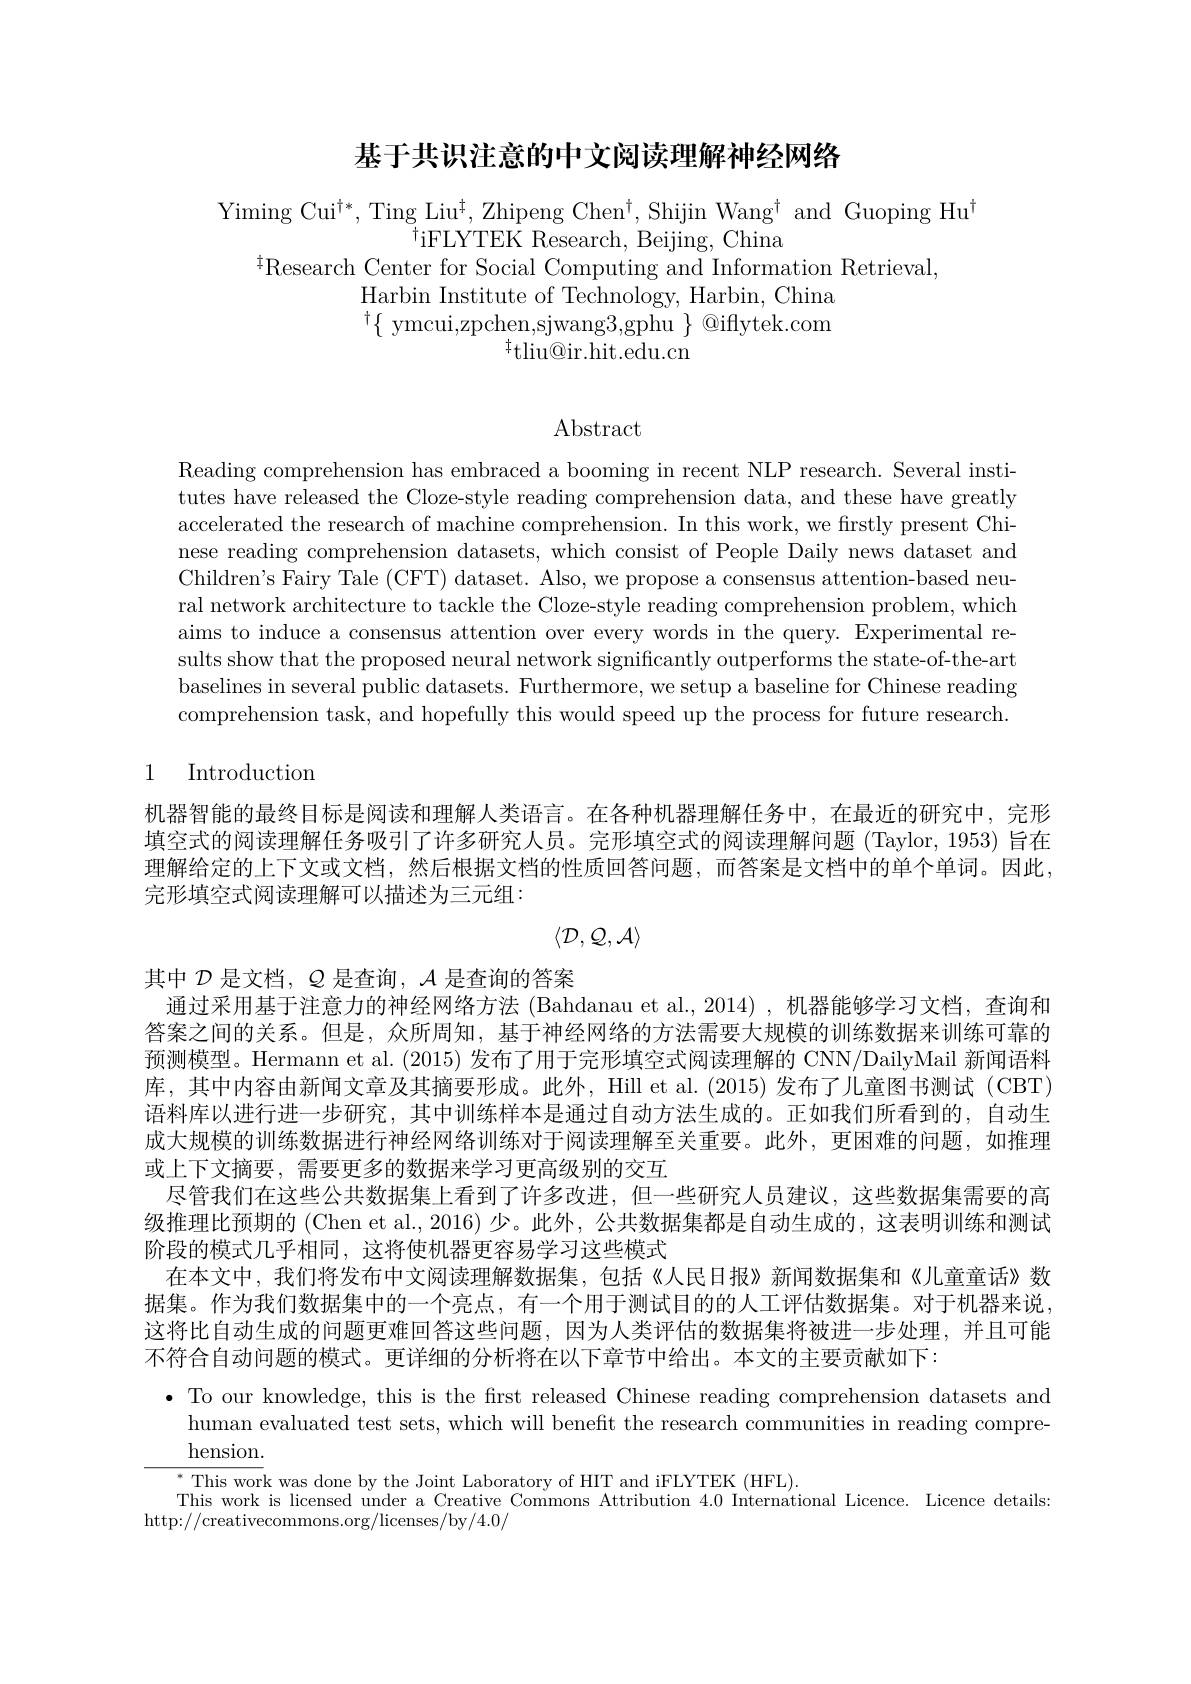
## 基于共识注意的中文阅读理解神经网络

Yiming Cui$^\dagger*$,Ting Liu$^\dagger$,Zhipeng Chen$^\dagger$,Shijin Wang$^\dagger$ and Guoping Hu$^\dagger$
$^{\dagger}$iFLYTEK Research, Beijing, China
$^{\ddagger}$Research Center for Social Computing and Information Retrieval,
Harbin Institute of Technology, Harbin, China $^{\dagger }\{$ ymcui, zpchen, sjwang3, gphu $\}$@iffytek.com
$^{\dagger}$tliu@ir.hit.edu.cn

$\operatorname{Abstract}$

Reading comprehension has embraced a booming in recent NLP research. Several institutes have released the Cloze-style reading comprehension data, and these have greatly accelerated the research of machine comprehension. In this work, we firstly present Chinese reading comprehension datasets, which consist of People Daily news dataset and Children's Fairy Tale (CFT) dataset. Also, we propose a consensus attention-based neural network architecture to tackle the Cloze-style reading comprehension problem, which aims to induce a consensus attention over every words in the query. Experimental results show that the proposed neural network significantly outperforms the state-of-the-art baselines in several public datasets. Furthermore, we setup a baseline for Chinese reading comprehension task, and hopefully this would speed up the process for future research.

## 1 Introduction

机器智能的最终目标是阅读和理解人类语言。在各种机器理解任务中，在最近的研究中，完形填空式的阅读理解任务吸引了许多研究人员。完形填空式的阅读理解问题 (Taylor, 1953) 旨在理解给定的上下文或文档，然后根据文档的性质回答问题，而答案是文档中的单个单词。因此， 完形填空式阅读理解可以描述为三元组：
$$\langle\mathcal{D},\mathcal{Q},\mathcal{A}\rangle $$
其中$\mathcal{D}$是文档，$\mathcal{Q}$是查询，$\mathcal{A}$是查询的答案
通过采用基于注意力的神经网络方法 (Bahdanau et al.,2014) ,机器能够学习文档，查询和答案之间的关系。但是，众所周知，基于神经网络的方法需要大规模的训练数据来训练可靠的预测模型。Hermann et al. (2015) 发布了用于完形填空式阅读理解的 CNN/DailyMail 新闻语料库，其中内容由新闻文章及其摘要形成。此外，Hill et al. (2015) 发布了儿童图书测试 (CBT) 语料库以进行进一步研究，其中训练样本是通过自动方法生成的。正如我们所看到的，自动生成大规模的训练数据进行神经网络训练对于阅读理解至关重要。此外，更困难的问题，如推理或上下文摘要，需要更多的数据来学习更高级别的交互
尽管我们在这些公共数据集上看到了许多改进，但一些研究人员建议，这些数据集需要的高级推理比预期的 (Chen et al., 2016) 少。此外，公共数据集都是自动生成的，这表明训练和测试阶段的模式几乎相同，这将使机器更容易学习这些模式
在本文中，我们将发布中文阅读理解数据集，包括《人民日报》新闻数据集和《儿童童话》数据集。作为我们数据集中的一个亮点，有一个用于测试目的的人工评估数据集。对于机器来说， 这将比自动生成的问题更难回答这些问题，因为人类评估的数据集将被进一步处理，并且可能不符合自动问题的模式。更详细的分析将在以下章节中给出。本文的主要贡献如下：
· To our knowledge, this is the first released Chinese reading comprehension datasets and
human evaluated test sets, which will benefit the research communities in reading compre-
$\underline{\mathrm{hension.}}$
$^{*}$This work was done by the Joint Laboratory of HIT and iFLYTEK (HFL).
This work is licensed under a Creative Commons Attribution 4.0 International Licence. Licence details:

http://creativecommons.org/licenses/by/4.0/